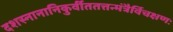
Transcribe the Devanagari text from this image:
दशस्नानानिकुर्वीततत्तन्मंत्रैर्विचक्षणः